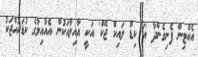
އެކްޓިން ފެނިގެންދާ 'އަ ކިޑް ލައިކް ޖޭކް' އަކީ އާއިލާއަކުން އެއާއިލާގެ ކުޑަކުއްޖަކު